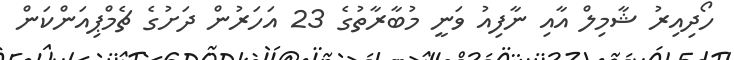
ހޯދިއިރު ޝާމިލް އާއި ނާފިއު ވަނީ މުބާރާތުގެ 23 އަހަރުން ދަށުގެ ޗެމްޕިއަންކަން